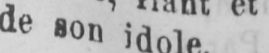
de son idole.